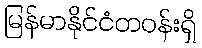
မြန်မာနိုင်ငံတဝန်းရှိ